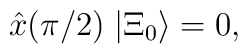
\hat{x}(\pi/2) \; | {\Xi}_0 \rangle = 0,